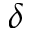
\delta